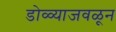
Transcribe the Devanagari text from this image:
डोळ्याजवळून